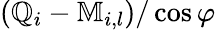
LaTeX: \left(\mathbb{Q}_{i}-\mathbb{M}_{i,l}\right)/\cos{\varphi}